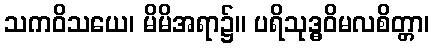
သကဝိသယေ၊ မိမိအရာ၌။ ပရိသုဒ္ဓဝိမလစိတ္တာ၊